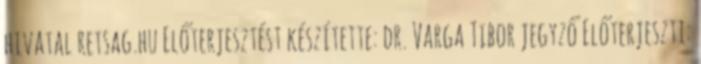
hivatal retsag.hu Előterjesztést készítette: dr. Varga Tibor jegyző Előterjeszti: